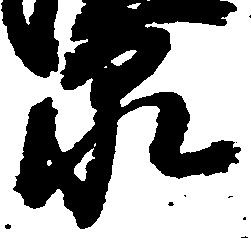
泉